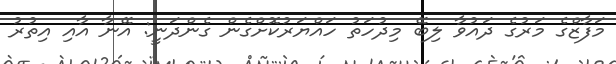
މަފާޒްގެ މަރުގެ ދައުވާ ލިބޭ މިދުހަތު ހައްޔަރުކޮށްގެން ގެންދަނީ: އޭނާ އާއި އިތުރު